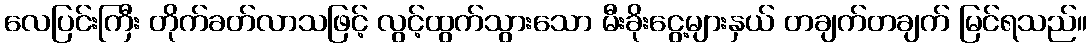
လေပြင်းကြီး တိုက်ခတ်လာသဖြင့် လွင့်ထွက်သွားသော မီးခိုးငွေ့များနှယ် တချက်တချက် မြင်ရသည်။